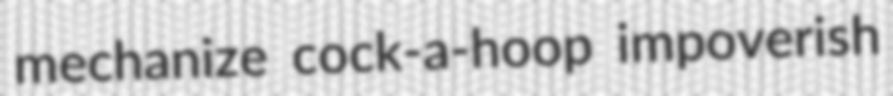
mechanize cock-a-hoop impoverish